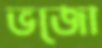
ভজো